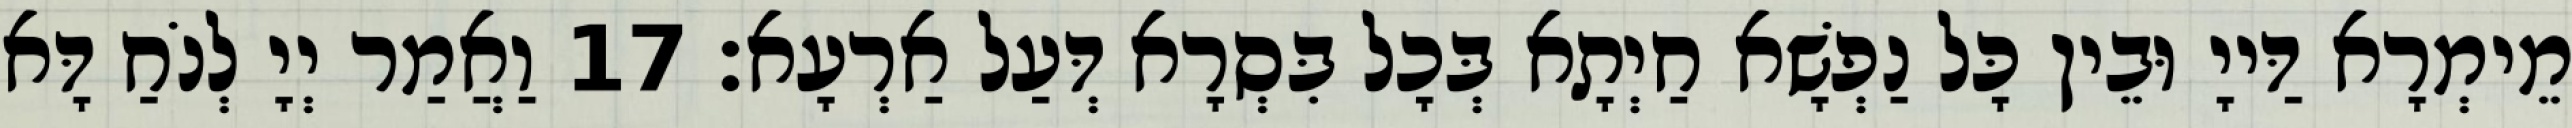
מֵימְרָא דַּייָ וּבֵין כָּל נַפְשָׁא חַיְתָא בְּכָל בִּסְרָא דְּעַל אַרְעָא׃ 17 וַאֲמַר יְיָ לְנֹחַ דָּא